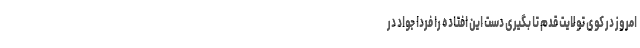
امروز در کوی توَلاّیت قدم تا بگیری دست این افتاده را فردا جواد در